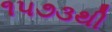
૧૫૭૩થી